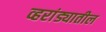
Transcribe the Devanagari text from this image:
व्हरांड्यातील